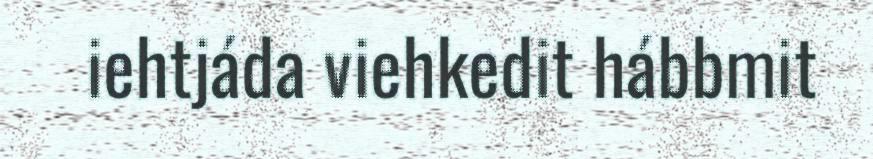
iehtjáda viehkedit hábbmit